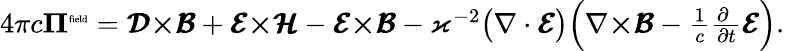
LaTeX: \textstyle 4\pi c\boldsymbol{\Pi}^{\mathrm{\tiny{field}}}=\pmb{{\cal D}}{\boldsymbol\times}\pmb{{\cal B}}+\pmb{{\cal E}}{\boldsymbol\times}\pmb{{\cal H}}-\pmb{{\cal E}}{\boldsymbol\times}\pmb{{\cal B}}-\varkappa^{-2}\big(\nabla\cdot\pmb{{\cal E}}\big)\Big(\nabla{\boldsymbol\times}\pmb{{\cal B}}-\frac{1}{c}\frac{\partial\phantom{t}}{\partial t}\pmb{{\cal E}}\Big).